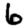
Digit: 6